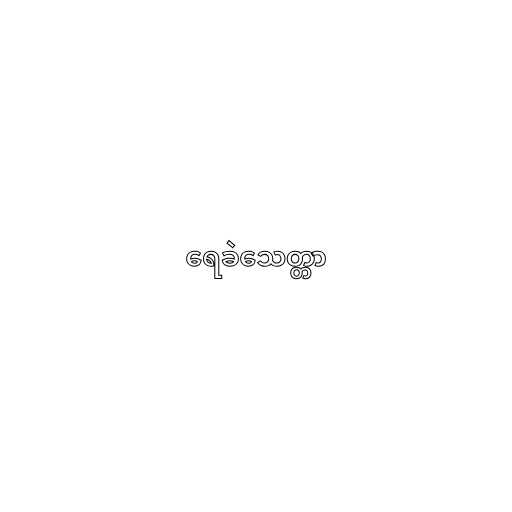
ရေခဲသေတ္တာ